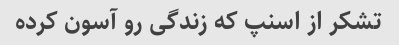
تشکر از اسنپ که زندگی رو آسون کرده